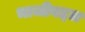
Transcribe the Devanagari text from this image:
भाजीबद्दल